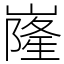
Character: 嶐